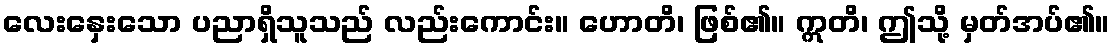
လေးနှေးသော ပညာရှိသူသည် လည်းကောင်း။ ဟောတိ၊ ဖြစ်၏။ ဣတိ၊ ဤသို့ မှတ်အပ်၏။